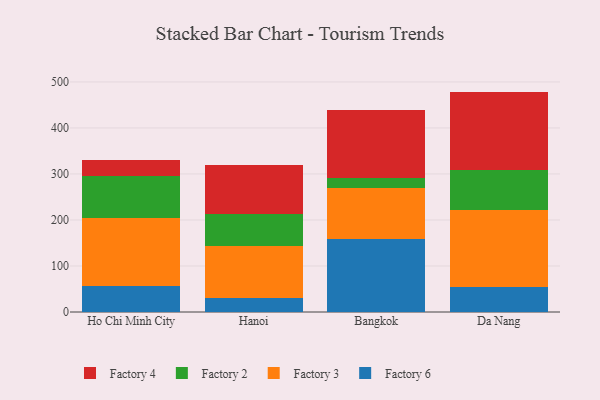
{"axis": {"x": "City", "y": "Bounce Rate (%)"}, "legend": ["Factory 2", "Factory 3", "Factory 4", "Factory 6"], "data": [{"x": "Ho Chi Minh City", "y": 56.0, "type": "Factory 6"}, {"x": "Ho Chi Minh City", "y": 147.4, "type": "Factory 3"}, {"x": "Ho Chi Minh City", "y": 92.0, "type": "Factory 2"}, {"x": "Ho Chi Minh City", "y": 34.2, "type": "Factory 4"}, {"x": "Hanoi", "y": 29.9, "type": "Factory 6"}, {"x": "Hanoi", "y": 114.4, "type": "Factory 3"}, {"x": "Hanoi", "y": 68.3, "type": "Factory 2"}, {"x": "Hanoi", "y": 106.1, "type": "Factory 4"}, {"x": "Bangkok", "y": 158.7, "type": "Factory 6"}, {"x": "Bangkok", "y": 110.7, "type": "Factory 3"}, {"x": "Bangkok", "y": 21.0, "type": "Factory 2"}, {"x": "Bangkok", "y": 148.0, "type": "Factory 4"}, {"x": "Da Nang", "y": 53.3, "type": "Factory 6"}, {"x": "Da Nang", "y": 168.1, "type": "Factory 3"}, {"x": "Da Nang", "y": 86.6, "type": "Factory 2"}, {"x": "Da Nang", "y": 171.0, "type": "Factory 4"}]}